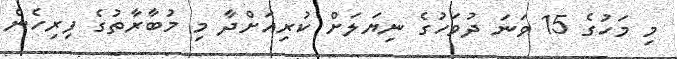
މި މަހުގެ 15 ވަނަ ދުވަހުގެ ނިޔަލަށް ކުރިއަށްދާ މި މުބާރާތުގެ ފިރިހެން